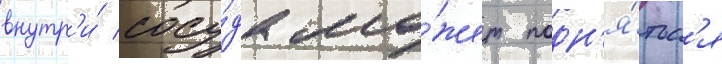
внутр'и́ сосу́да мо́жет подн'я́тьс'я